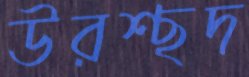
উরশ্ছদ